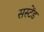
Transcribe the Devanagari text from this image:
सस्टेंड